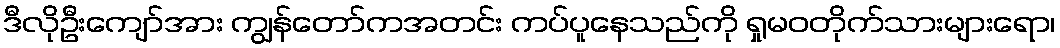
ဒီလိုဦးကျော်အား ကျွန်တော်ကအတင်း ကပ်ပူနေသည်ကို ရှုမဝတိုက်သားများရော၊